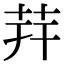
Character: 茾